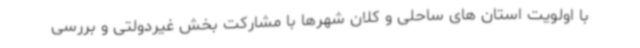
با اولویت استان های ساحلی و کلان شهرها با مشارکت بخش غیردولتی و بررسی